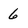
Character: 6